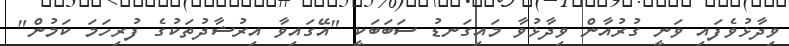
ވިދާޅުވެފައި ވަނީ ގުރުއާން ވިދާޅުވާ މައިގަނޑު ސަބަބަކީ "އޭގައިވާ އިރުޝާދުތަކުގެ ފުރިހަމަ ކަމުން"